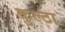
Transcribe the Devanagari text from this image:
कुल्टा